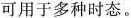
可用于多种时态。